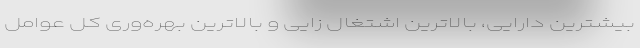
بیشترین دارایی، بالاترین اشتغال زایی و بالاترین بهره‌وری کل عوامل